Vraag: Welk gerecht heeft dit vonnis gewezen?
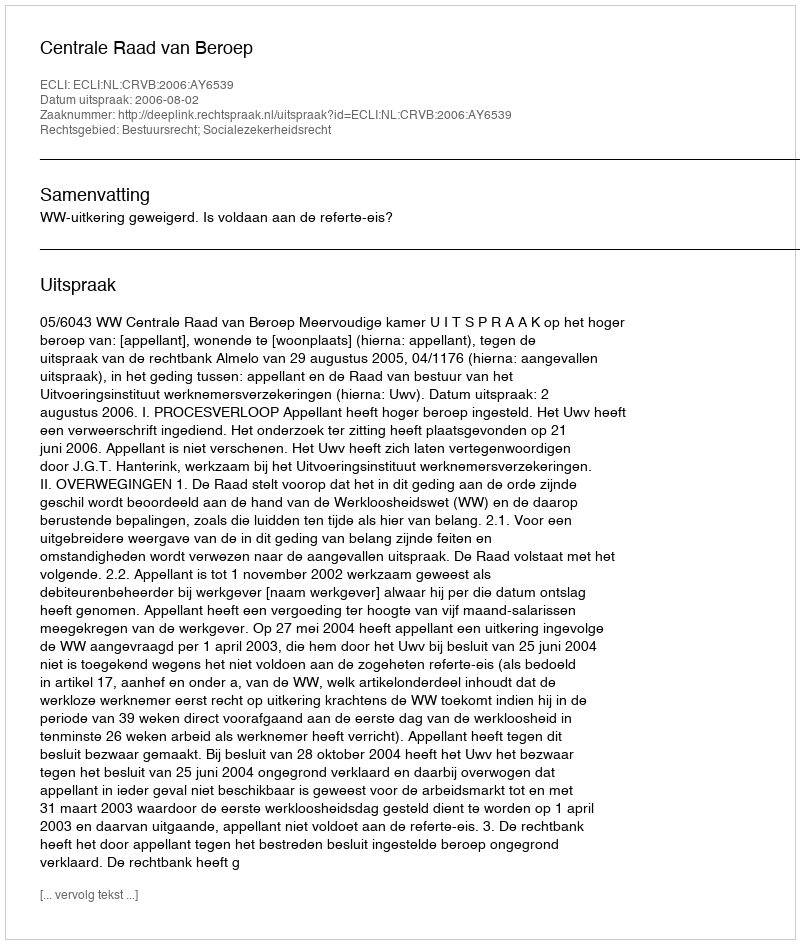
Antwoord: Centrale Raad van Beroep